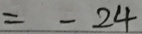
= - 2 4